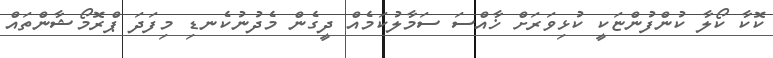
ކޮކާ ކޯލާ ކުންފުންޏަކީ ކުޅިވަރަށް ޚާއްސަ ސަމާލުކަމެއް ދީގެން މެދުނުކެނޑި މިފަދަ ޕްރޮމޯޝާންތައް